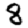
Digit: 8